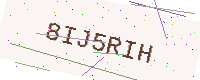
Text: 8IJ5RIH